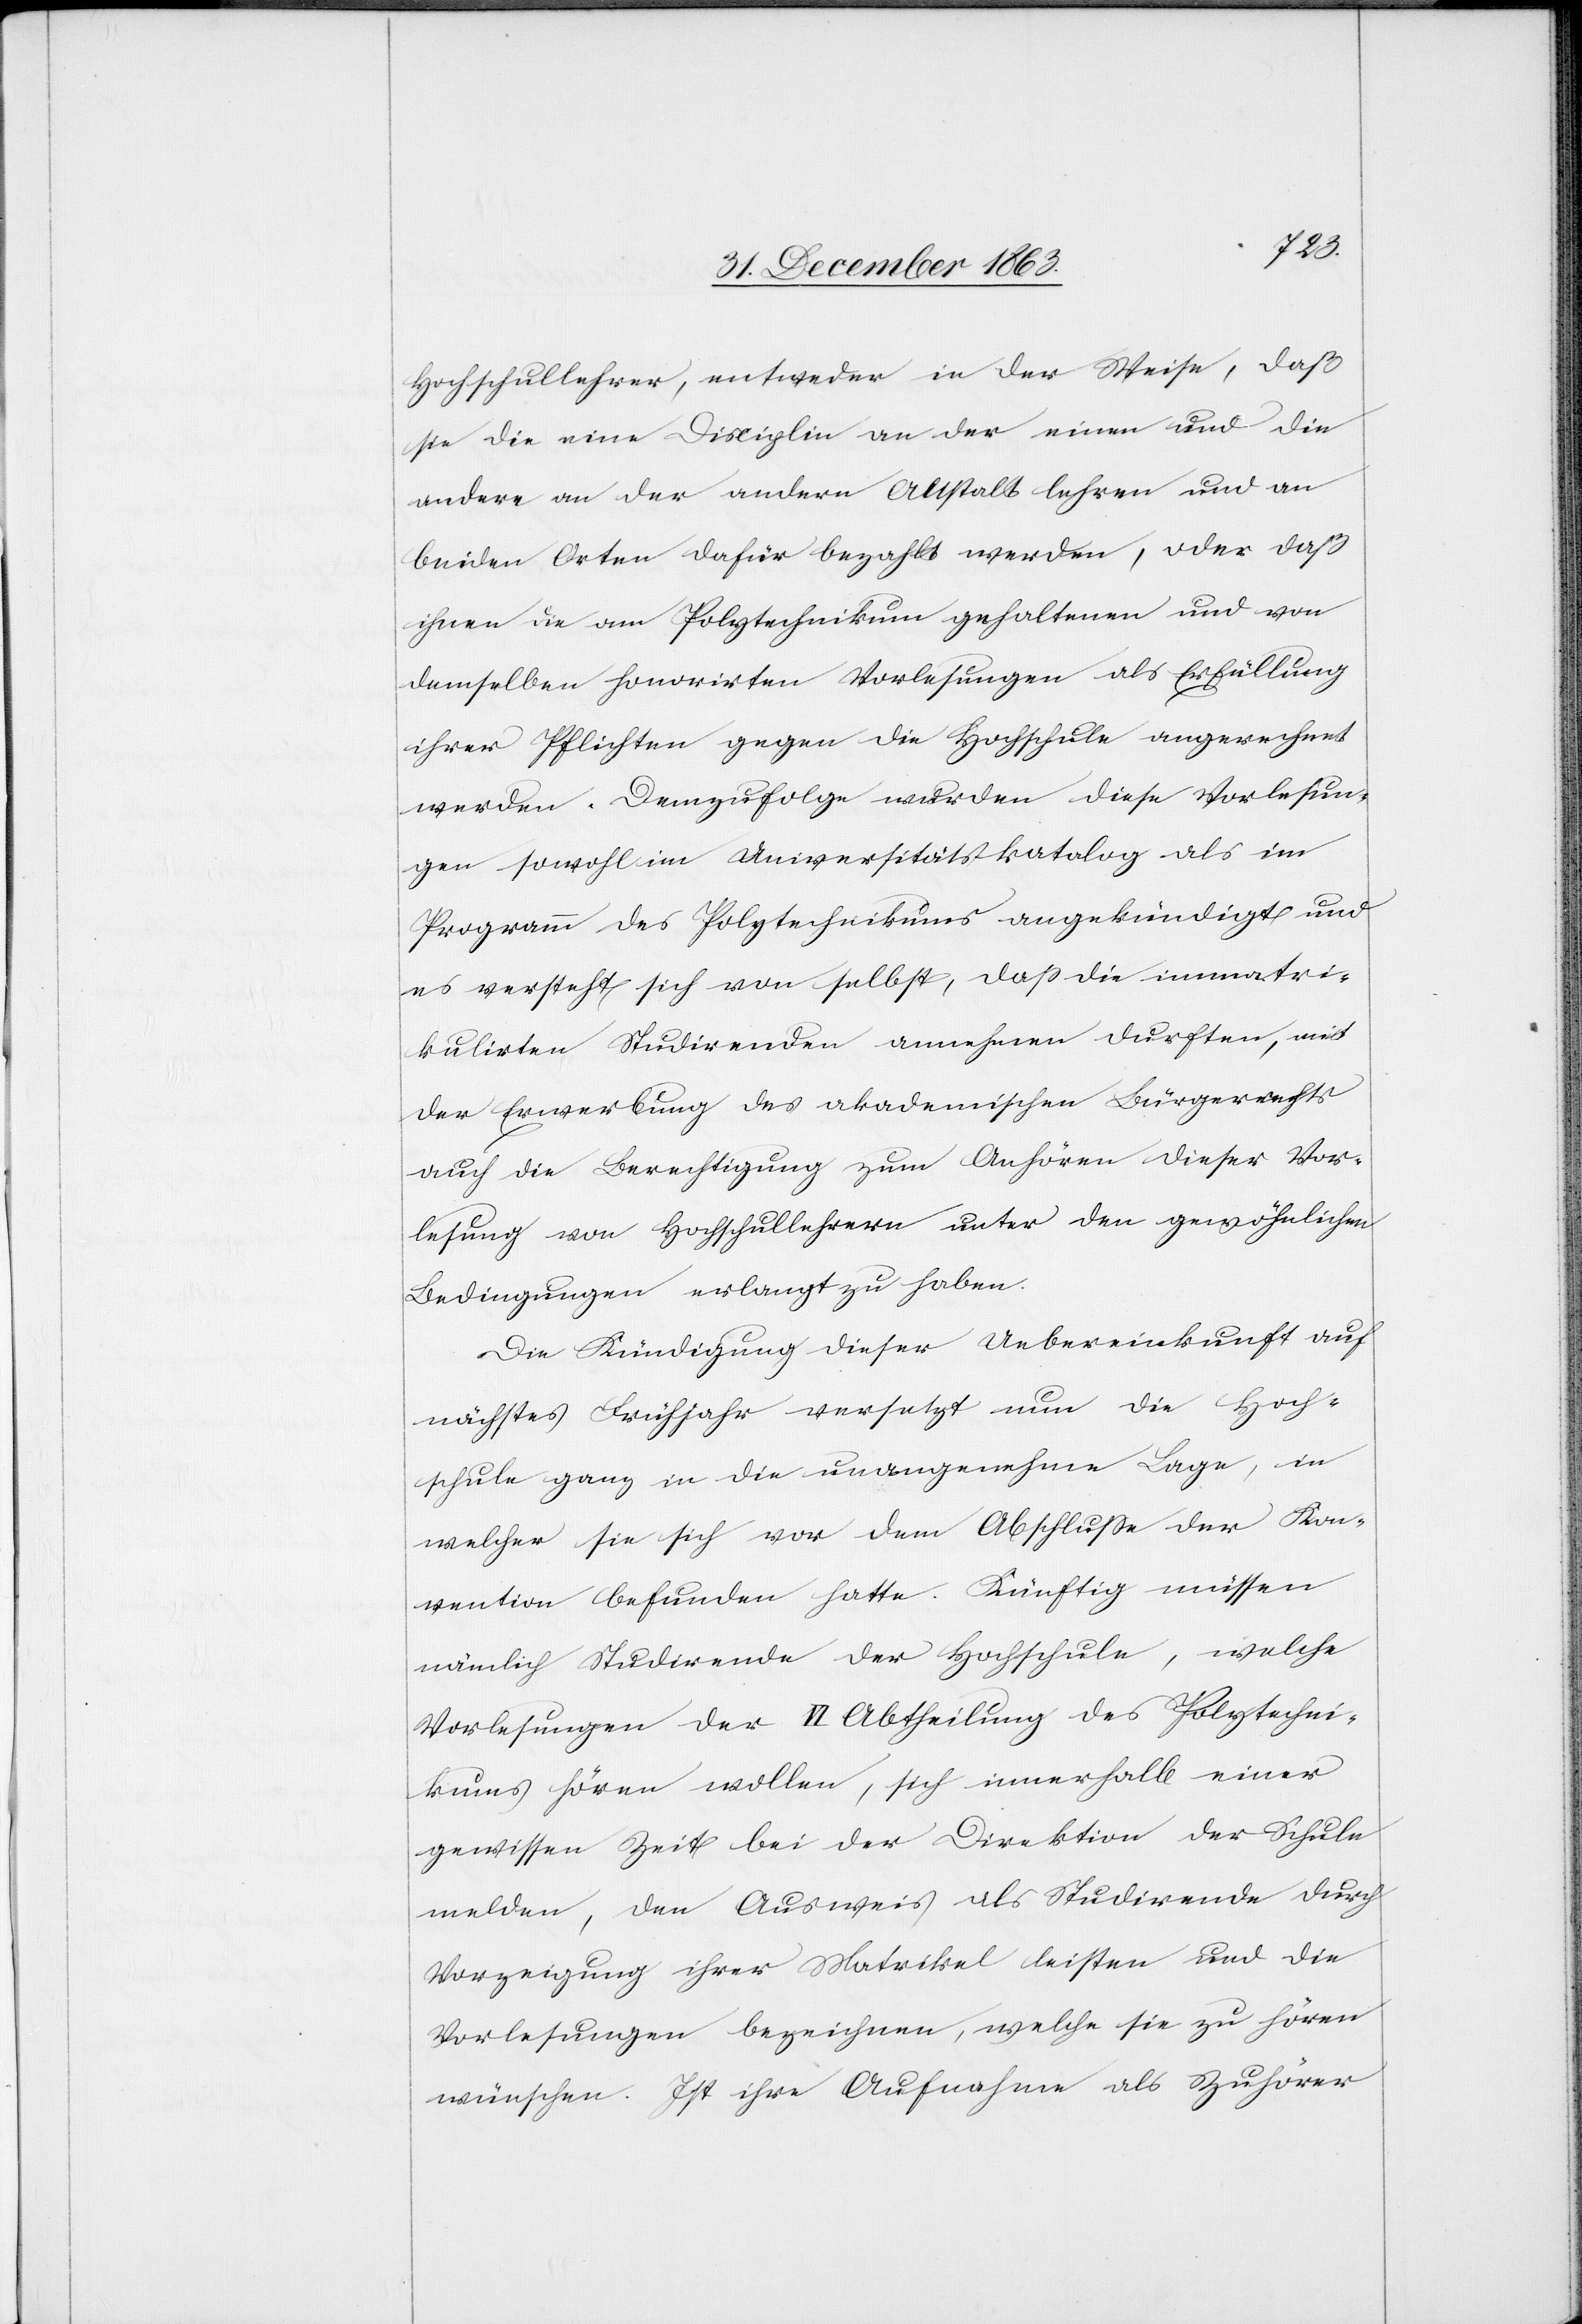
Hochschullehrer, entweder in der Weise, daß
sie in eine Disciplin an der einen und die
andere an der andern Anstalt lehren und an
beiden Orten dafür bezahlt werden, oder daß
ihnen die am Polytechnikum gehaltenen und von
demselben honorirten Vorlesungen als Erfüllung
ihrer Pflichten gegen die Hochschule angerechnet
werden. Demzufolge wurden diese Vorlesun¬
gen sowohl im Universitätskatalog als im
Programm des Polytechnikums angekündigt und
es versteht sich von selbst, dass die immatri¬
kulirten Studirenden annehmen durften, mit
der Erwerbung des akademischen Bürgerrechts
auch die Berechtigung zum Anhören dieser Vor¬
lesung von Hochschullehrern unter den gewöhnlichen
Bedingungen erlangt zu haben.
Die Kündigung dieser Uebereinkunft auf
nächstes Frühjahr versetzt nun die Hoch¬
schule ganz in die unangenehme Lage, in
welcher sie sich vor dem Abschlusse der Kon¬
vention befunden hatte. Künftig müssen
nämlich Studirende der Hochschule, welche
Vorlesungen der VI Abtheilung des Polytechni¬
kums hören wollen, sich innerhalb einer
gewissen Zeit bei der Direktion der Schule
melden, den Ausweis als Studirende durch
Vorzeigung ihrer Matrikel leisten und die
Vorlesungen bezeichnen, welche sie zu hören
wünschen. Ist ihre Aufnahme als Zuhörer